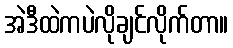
အဲဒီထဲကပဲလိုချင်လိုက်တာ။